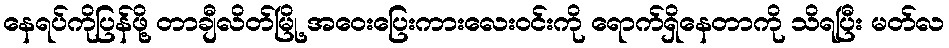
နေရပ်ကိုပြန်ဖို့ တာချီလိတ်မြို့ အဝေးပြေးကားလေးဝင်းကို ရောက်ရှိနေတာကို သိရပြီး မတ်လ